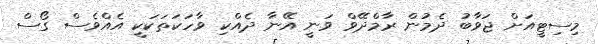
މިސިޓީއަށް ޖަވާބު ދެމުން ރާމްދޭވް ވަނީ އޭނާ ދެއްކި ވާހަކަތަކަކީ އެއްވެސް ގޯސް